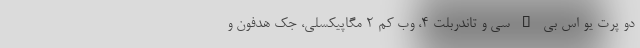
دو پرت یو اس بی – سی و تاندربلت ۴، وب کم ۲ مگاپیکسلی، جک هدفون و